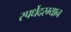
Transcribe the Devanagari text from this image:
स्पर्धेेदरम्यान